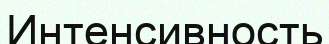
Интенсивность